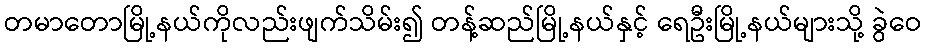
တမာတောမြို့နယ်ကိုလည်းဖျက်သိမ်း၍ တန့်ဆည်မြို့နယ်နှင့် ရေဦးမြို့နယ်များသို့ ခွဲဝေ